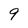
Character: 9